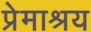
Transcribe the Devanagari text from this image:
प्रेमाश्रय